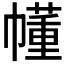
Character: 𫷐